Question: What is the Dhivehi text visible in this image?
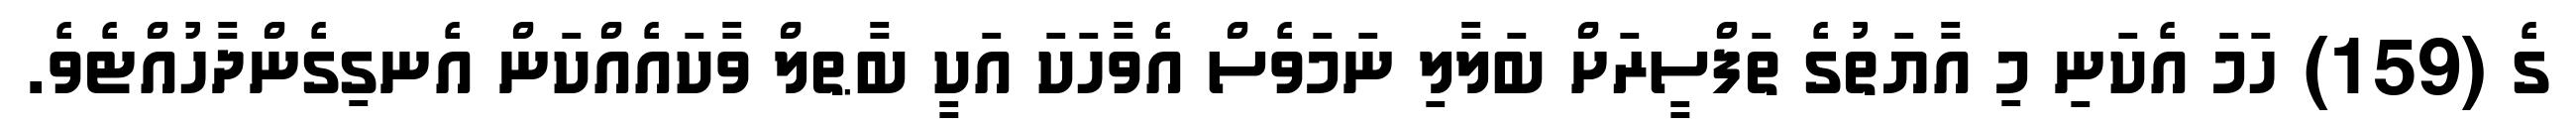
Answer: ގެ (159) ހަމަ އެކަނި މި އާޔަތުގެ ތަފްސީރަށް ބަލާލި ނަމަވެސް އެވާހަކަ އަކީ ބާޠލް ވާކައެއްކަން އެނގިގެންދާހުއްޓެވެ.